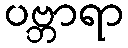
ပဗ္ဘာရာ